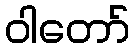
ဝါတော်